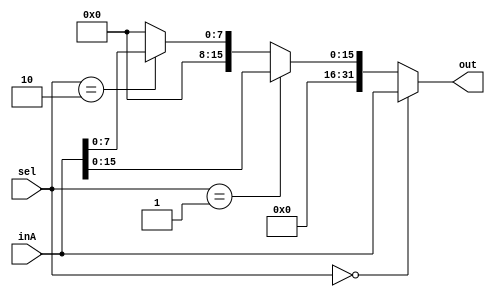
`timescale 1ns / 1ps

////////////////////////////////////////////////////////////////////////////////
// ECE369 - Computer Architecture
// 
// Module - Mux32Bit2To1.v
// Description - Performs signal multiplexing between 2 32-Bit words.
////////////////////////////////////////////////////////////////////////////////

module Mux32Bit3To1StoreMux(out, inA, sel);

    output reg [31:0] out;
    
    input [31:0] inA;
    //reg [31:0] out1;
    input [1:0] sel;

    always@(*) begin 
        if (sel == 0) begin 
            out <= inA;
        end else if (sel == 1) begin 
            out <= {{16'b0000}, inA[15:0]};
        end else if (sel == 2)begin 
            out <= {{24'b0000}, inA[7:0]};
        end else begin
            out <= 0;
        end
       
    
    end

endmodule